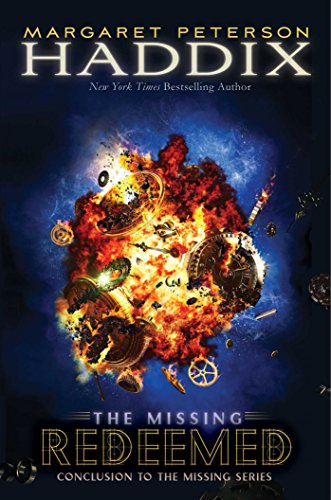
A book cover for Redeemed (The Missing); Margaret Peterson Haddix; Children's Books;